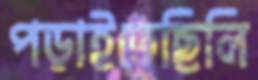
পড়াইতেছিলি